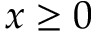
x \ge 0